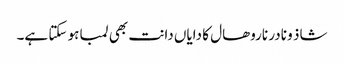
شاذ و نادر ناروھال کا دایاں دانت بھی لمبا ہو سکتا ہے۔